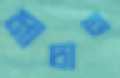
মাচান